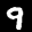
Digit: 9